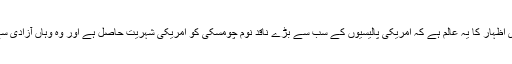
ان کے ہاں آزادی اظہار کا یہ عالم ہے کہ امریکی پالیسیوں کے سب سے بڑے ناقد نوم چومسکی کو امریکی شہریت حاصل ہے اور وہ وہاں آزادی سے رہ رہے ہیں ۔